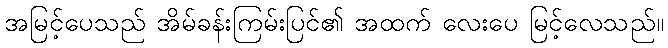
အမြင့်ပေသည် အိမ်ခန်းကြမ်းပြင်၏ အထက် လေးပေ မြင့်လေသည်။